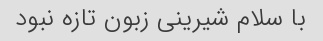
با سلام شیرینی زبون تازه نبود